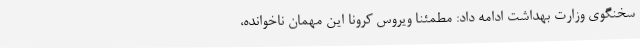
سخنگوی وزارت بهداشت ادامه داد: مطمئنا ویروس کرونا این مهمان ناخوانده،